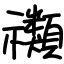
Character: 禷